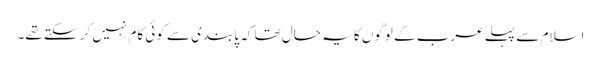
اسلام سے پہلے عرب کے لوگوں کا یہ حال تھا کہ پابندی سے کوئی کام نہیں کر سکتے تھے۔